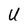
Character: U